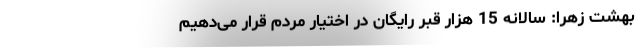
بهشت زهرا: سالانه 15 هزار قبر رایگان در اختیار مردم قرار می‌دهیم